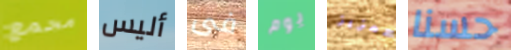
مجمع أليس فى يوم لتعزيز حسنا